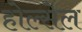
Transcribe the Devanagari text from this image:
होल्सेल